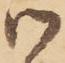
候